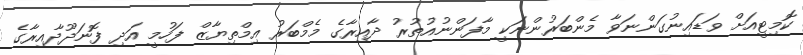
ކޮމިޓީއަށް ވަޑައިނުގަންނަވާ މެންބަރުންނަކީ މާފަންނުއުތުރު ދާއިރާގެ މެމްބަރު އިމްތިޔާޒް ފަހުމީ އަދި ފޮނަދޫދާއިރާގެ